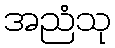
အညံသု